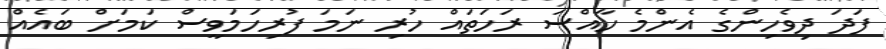
ފަދަ ދިވެހިންގެ އެންމެ ހާއްސަ ރަހަތައް ހުރި ނަމަ ފުރިހަމަވީސް ކަަމަށް ބައެއް